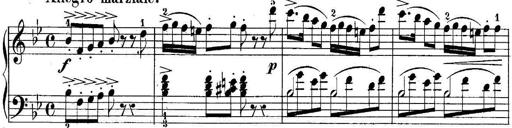
Title: 10 Sonatines progressives
Composer: Anton Schmoll